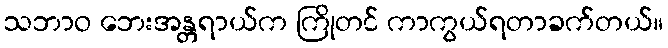
သဘာဝ ဘေးအန္တရာယ်က ကြိုတင် ကာကွယ်ရတာခက်တယ်။